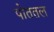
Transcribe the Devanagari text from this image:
पोततल